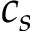
c _ { s }